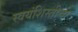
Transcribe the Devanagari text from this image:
स्वयंशिस्तीची